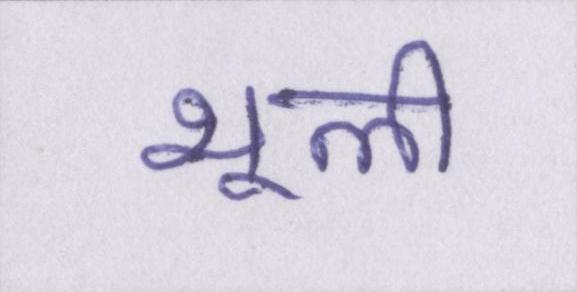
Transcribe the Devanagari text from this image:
भूली